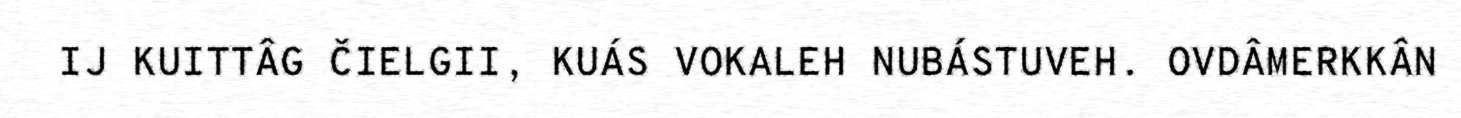
IJ KUITTÂG ČIELGII, KUÁS VOKALEH NUBÁSTUVEH. OVDÂMERKKÂN